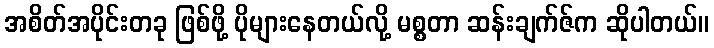
အစိတ်အပိုင်းတခု ဖြစ်ဖို့ ပိုများနေတယ်လို့ မစ္စတာ ဆန်းချက်ဇ်က ဆိုပါတယ်။